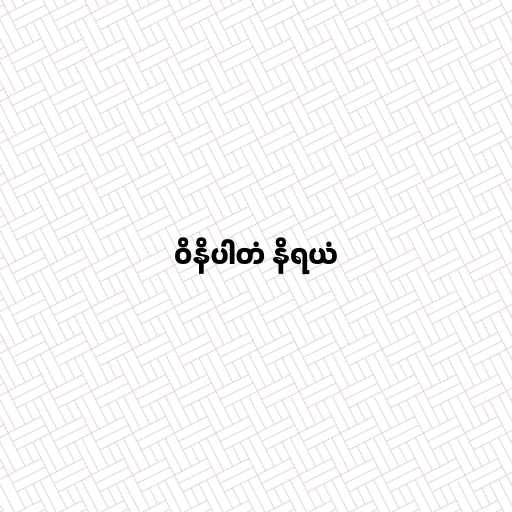
ဝိနိပါတံ နိရယံ